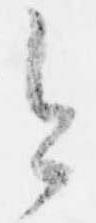
今